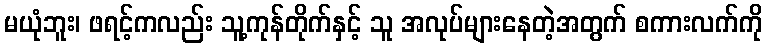
မယုံဘူး၊ ဖရင့်ကလည်း သူ့ကုန်တိုက်နှင့် သူ အလုပ်များနေတဲ့အတွက် စကားလက်ကို